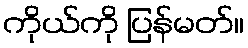
ကိုယ်ကို ပြန်မတ်။